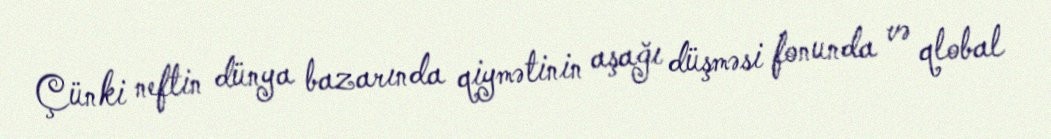
Çünki neftin dünya bazarında qiymətinin aşağı düşməsi fonunda və qlobal